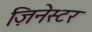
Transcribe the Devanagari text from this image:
ज़िनेस्टर